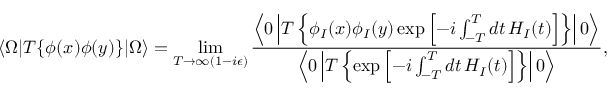
\langle \Omega | T \{ \phi ( x ) \phi ( y ) \} | \Omega \rangle = \operatorname* { l i m } _ { T \to \infty ( 1 - i \epsilon ) } { \frac { \left\langle 0 \left| T \left\{ \phi _ { I } ( x ) \phi _ { I } ( y ) \exp \left[ - i \int _ { - T } ^ { T } d t \, H _ { I } ( t ) \right] \right\} \right| 0 \right\rangle } { \left\langle 0 \left| T \left\{ \exp \left[ - i \int _ { - T } ^ { T } d t \, H _ { I } ( t ) \right] \right\} \right| 0 \right\rangle } } ,